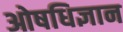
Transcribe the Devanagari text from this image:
ओषधिज्ञान